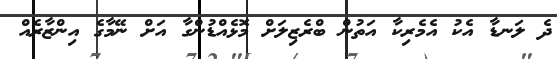
ދެ ލަނޑާ އެކު އެމެރިކާ އަތުން ބްރެޒިލަށް މޮޅެއްޑުންގާ އަށް ނޭމާގެ އިންޒާރެއް